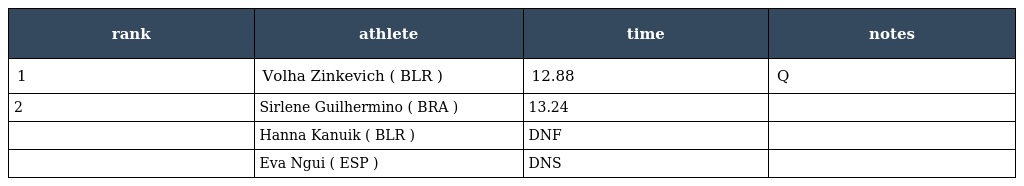
| rank | athlete | time | notes |
 | --- | --- | --- | --- |
 | 1 | Volha Zinkevich ( BLR ) | 12.88 | Q |
 | 2 | Sirlene Guilhermino ( BRA ) | 13.24 |  |
 |  | Hanna Kanuik ( BLR ) | DNF |  |
 |  | Eva Ngui ( ESP ) | DNS |  |